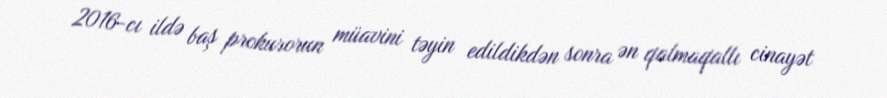
2016-cı ildə baş prokurorun müavini təyin edildikdən sonra ən qalmaqallı cinayət